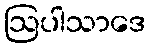
ဩပါသာဒေ